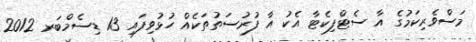
މަސްވެރިކަމުގެ އާ ސެޓްފިކެޓާ އެކު އާ ފުރުސަތުތަކެއް ހުޅުވިފައި 13 ޑިސެމްބަރ 2012